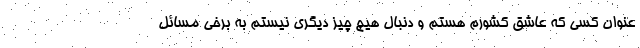
عنوان کسی که عاشق کشورم هستم و دنبال هیچ چیز دیگری نیستم به برخی مسائل